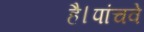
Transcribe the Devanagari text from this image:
है।पांचवे